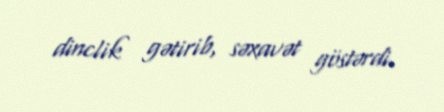
dinclik gətirib, səxavət göstərdi.